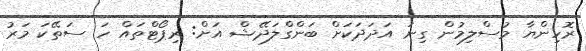
ރޮހިންޔާ މުސްލިމުން ގިނަ އަދަދަކަށް ބަންގްލަދޭޝް އަށް: ރިޕޯޓްތައް ހަ ސަތޭކަ މަރު